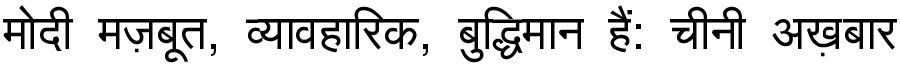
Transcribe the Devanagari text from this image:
मोदी मज़बूत, व्यावहारिक, बुद्धिमान हैं: चीनी अख़बार